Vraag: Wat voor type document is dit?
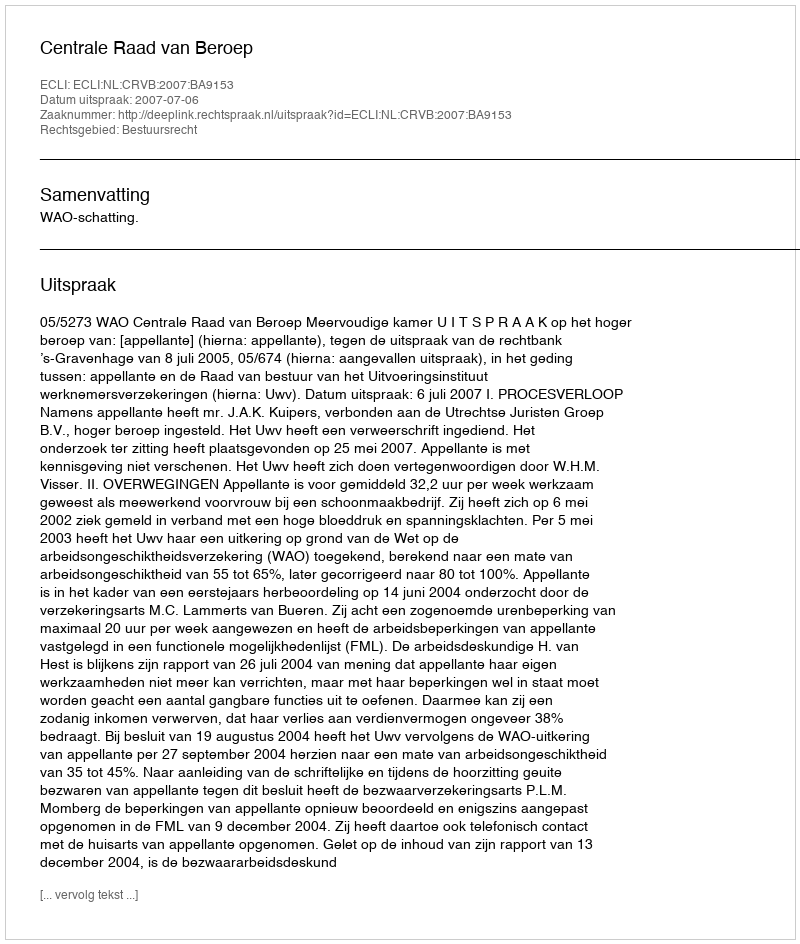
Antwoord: Uitspraak